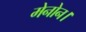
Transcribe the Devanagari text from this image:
मेनोन।